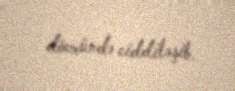
dövründə ciddiləşib.